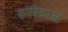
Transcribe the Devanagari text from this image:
कोबिकाओं